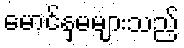
မောင်နှမများသည်